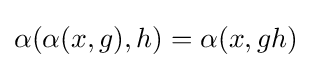
\alpha (\alpha (x,g),h)=\alpha (x,gh)